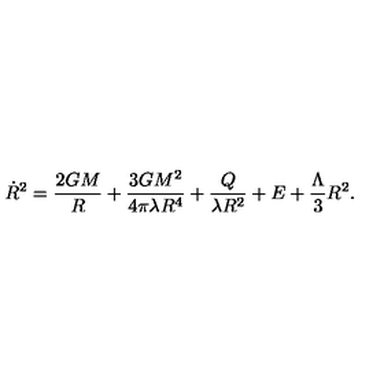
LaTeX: { \dot { R } } ^ { 2 } = \frac { 2 G M } { R } + \frac { 3 G M ^ { 2 } } { 4 \pi \lambda R ^ { 4 } } + \frac { Q } { \lambda R ^ { 2 } } + E + \frac { \Lambda } { 3 } R ^ { 2 } .